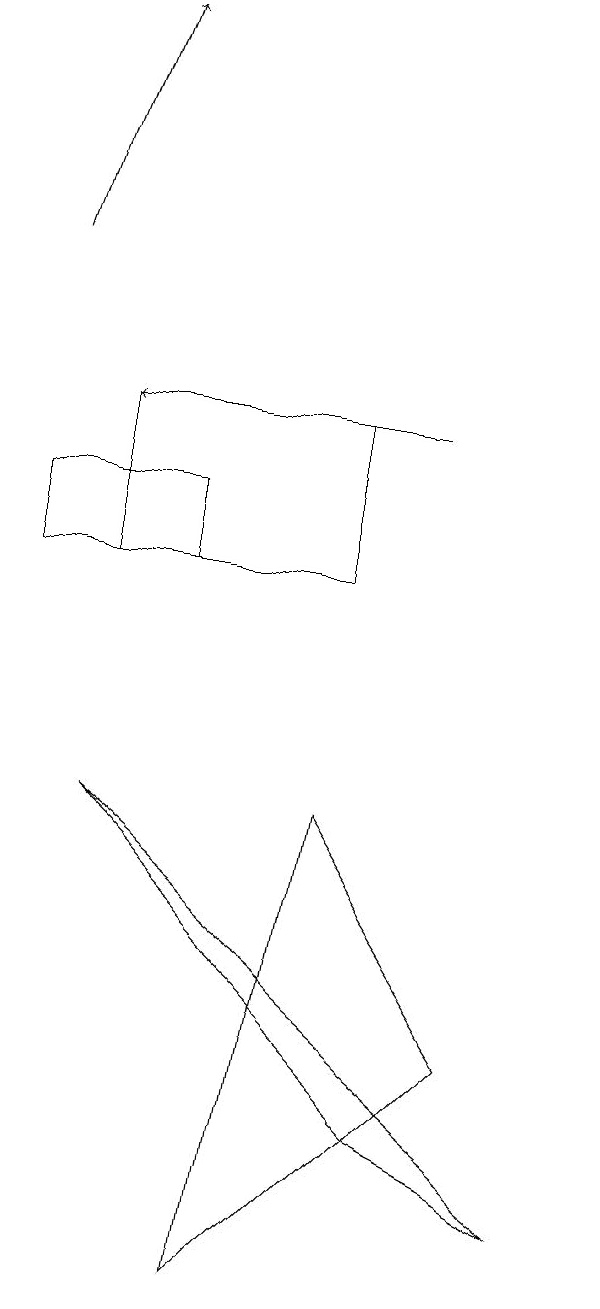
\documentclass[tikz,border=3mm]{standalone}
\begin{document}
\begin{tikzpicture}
\draw (5,3) -- (6,9) -- (8,6) -- cycle;
\draw (3,9) -- (9,4) -- (7,5) -- cycle;
\draw[->] (2,16) -- (3,19);
\draw (6,14) rectangle (3,12);
\draw[->] (7,14) -- (3,14);
\draw (2,12) rectangle (4,13);
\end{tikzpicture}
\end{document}